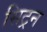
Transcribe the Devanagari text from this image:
सिट्रन